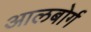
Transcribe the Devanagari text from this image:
आलबोर्ग